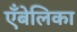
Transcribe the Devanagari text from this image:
एँबेलिका